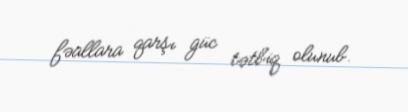
fəallara qarşı güc tətbiq olunub.